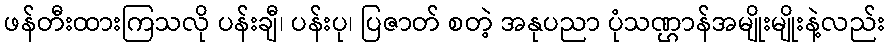
ဖန်တီးထားကြသလို ပန်းချီ၊ ပန်းပု၊ ပြဇာတ် စတဲ့ အနုပညာ ပုံသဏ္ဌာန်အမျိုးမျိုးနဲ့လည်း